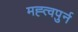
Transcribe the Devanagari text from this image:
मह्त्वपुर्न